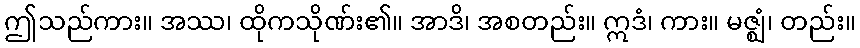
ဤသည်ကား။ အဿ၊ ထိုကသိုဏ်း၏။ အာဒိ၊ အစတည်း။ ဣဒံ၊ ကား။ မဇ္ဈံ၊ တည်း။